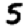
Digit: 5